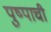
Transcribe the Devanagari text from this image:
पुष्पाची